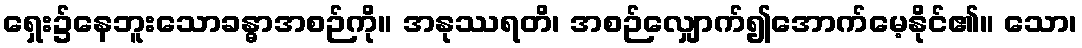
ရှေး၌နေဘူးသောခန္ဓာအစဉ်ကို။ အနုဿရတိ၊ အစဉ်လျှောက်၍အောက်မေ့နိုင်၏။ သော၊